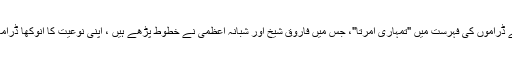
ان کے ڈراموں کی فہرست میں "تمہاری امرتا"، جس میں فاروق شیخ اور شبانہ اعظمی نے خطوط پڑھے ہیں ، اپنی نوعیت کا انوکھا ڈرامہ ہے۔